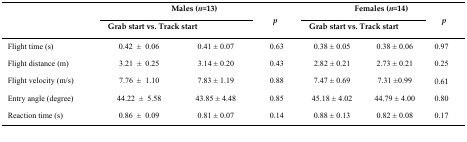
<table><thead><tr><td rowspan="2">[EMPTY_CELL]</td><td colspan="2"><b>Males (<i>n</i>=13)</b></td><td rowspan="2"><b><i>p</i></b></td><td colspan="2"><b>Females (<i>n</i>=14)</b></td><td rowspan="2"><b><i>p</i></b></td></tr><tr><td colspan="2"><b>Grab start vs. Track start</b></td><td colspan="2"><b>Grab start vs. Track start</b></td></tr></thead><tbody><tr><td>Flight time (s)</td><td>0.42 ± 0.06</td><td>0.41 ± 0.07</td><td>0.63</td><td>0.38 ± 0.05</td><td>0.38 ± 0.06</td><td>0.97</td></tr><tr><td>Flight distance (m)</td><td>3.21 ± 0.25</td><td>3.14 ± 0.20</td><td>0.43</td><td>2.82 ± 0.21</td><td>2.73 ± 0.21</td><td>0.25</td></tr><tr><td>Flight velocity (m/s)</td><td>7.76 ± 1.10</td><td>7.83 ± 1.19</td><td>0.88</td><td>7.47 ± 0.69</td><td>7.31 ±0.99</td><td>0.61</td></tr><tr><td>Entry angle (degree)</td><td>44.22 ± 5.58</td><td>43.85 ± 4.48</td><td>0.85</td><td>45.18 ± 4.02</td><td>44.79 ± 4.00</td><td>0.80</td></tr><tr><td>Reaction time (s)</td><td>0.86 ± 0.09</td><td>0.81 ± 0.07</td><td>0.14</td><td>0.88 ± 0.13</td><td>0.82 ± 0.08</td><td>0.17</td></tr></tbody></table>